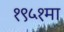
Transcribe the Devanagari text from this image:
१९५१मा